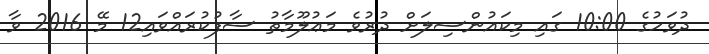
ދުވަހުގެ 10:00 ގައި މިކައުންސިލަށް ދުރުވެ މަޢުލޫމާތު ސާފުކުރައްވައި12 މޭ 2016 ވާ